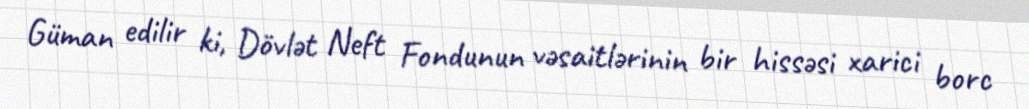
Güman edilir ki, Dövlət Neft Fondunun vəsaitlərinin bir hissəsi xarici borc